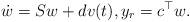
LaTeX: \begin{align*}\dot{w}=Sw+dv(t),y_{r}=c^{\top}w.\end{align*}